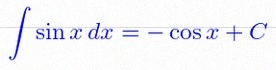
\int \sin x\,dx=-\cos x+C